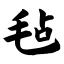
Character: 毡